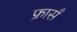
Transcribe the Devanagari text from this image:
फ्रासँ